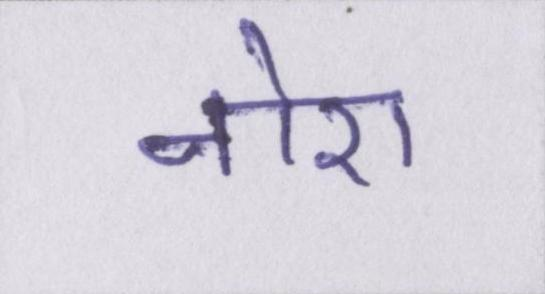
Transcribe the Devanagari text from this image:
नोरा